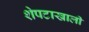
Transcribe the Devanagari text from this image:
शेपटाखाली